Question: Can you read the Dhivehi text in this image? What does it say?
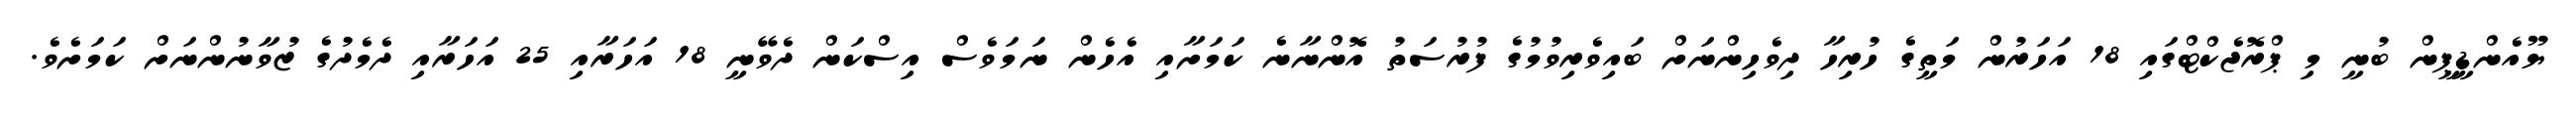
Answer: ޔޫއެންޑީޕީން ބުނީ މި ޕްރޮޖެކްޓްގައި 18 އަހަރުން މަތީގެ ހުރިހާ ދިވެހިންނަށް ބައިވެރިވުމުގެ ފުރުސަތު އޮންނާނެ ކަމަށާއި އެހެން ނަމަވެސް އިސްކަން ދެވޭނީ 18 އަހަރާއި 25 އަހަރާއި ދެމެދުގެ ޒުވާނުންނަށް ކަމަށެވެ.